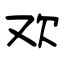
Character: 欢